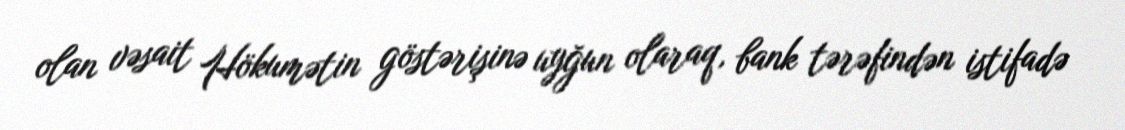
olan vəsait Hökumətin göstərişinə uyğun olaraq, bank tərəfindən istifadə